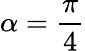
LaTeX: \alpha=\frac{\pi}{4}